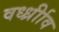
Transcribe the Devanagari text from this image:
वर्ध्ध्रीाव